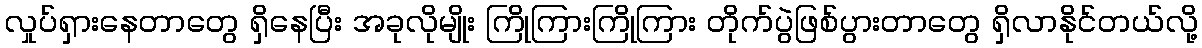
လှုပ်ရှားနေတာတွေ ရှိနေပြီး အခုလိုမျိုး ကြိုကြားကြိုကြား တိုက်ပွဲဖြစ်ပွားတာတွေ ရှိလာနိုင်တယ်လို့